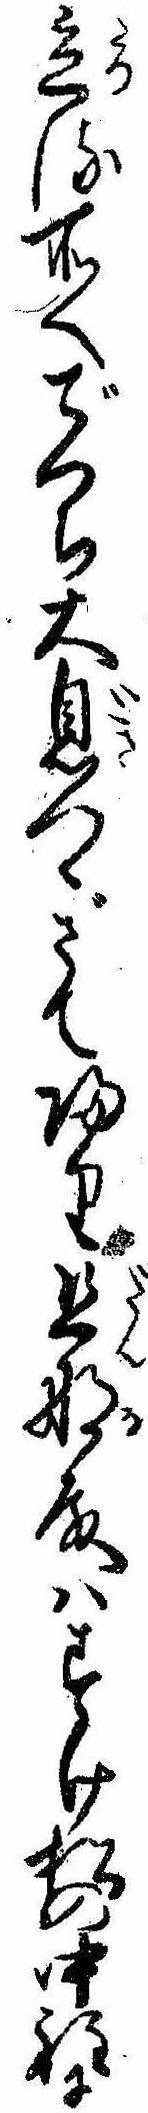
立る所へでつち大息つぎて帰り旦那殿はすけ松の中程に